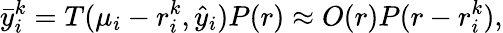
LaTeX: \bar{y}_{i}^{k}=T(\mu_{i}-r_{i}^{k},\hat{y}_{i})P(r)\approx O(r)P(r-r_{i}^{k}),